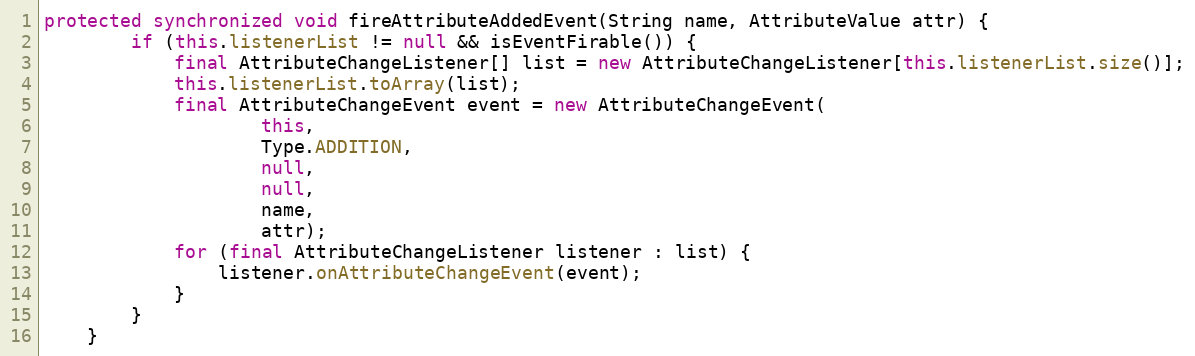
Language: Java
protected synchronized void fireAttributeAddedEvent(String name, AttributeValue attr) {
		if (this.listenerList != null && isEventFirable()) {
			final AttributeChangeListener[] list = new AttributeChangeListener[this.listenerList.size()];
			this.listenerList.toArray(list);
			final AttributeChangeEvent event = new AttributeChangeEvent(
					this,
					Type.ADDITION,
					null,
					null,
					name,
					attr);
			for (final AttributeChangeListener listener : list) {
				listener.onAttributeChangeEvent(event);
			}
		}
	}